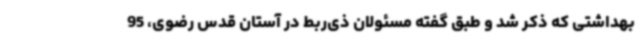
بهداشتی‌ که ذکر شد و طبق گفته مسئولان ذی‌ربط در آستان قدس رضوی، 95